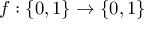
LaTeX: f : \{ 0 , 1 \} \rightarrow \{ 0 , 1 \}